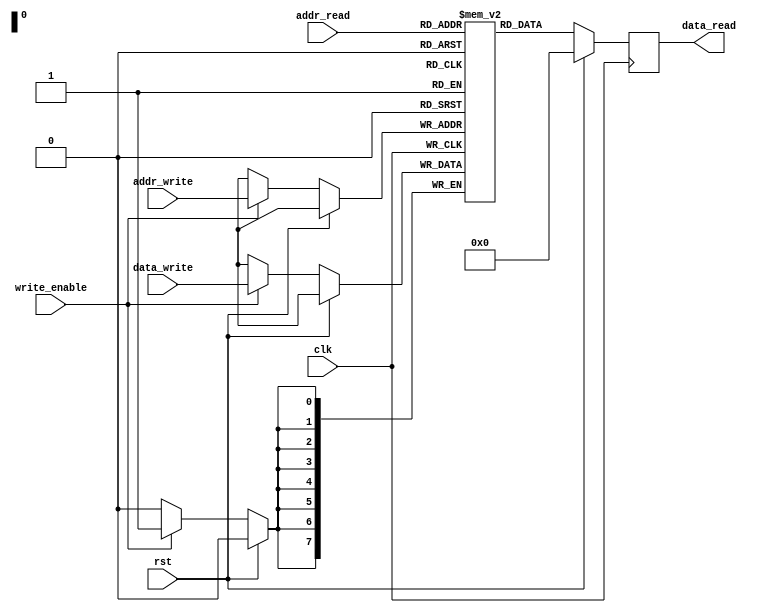
module dual_port_ram (
    input wire clk,
    input wire rst,
    input wire [7:0] addr_write,
    input wire [7:0] data_write,
    input wire write_enable,
    input wire [7:0] addr_read,
    output reg [7:0] data_read
);

reg [7:0] memory [0:255];

always @(posedge clk) begin
    if (rst) begin
        data_read <= 8'b0;
    end else begin
        if (write_enable) begin
            memory[addr_write] <= data_write;
        end
        data_read <= memory[addr_read];
    end
end

endmodule